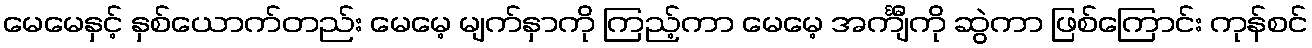
မေမေနှင့် နှစ်ယောက်တည်း မေမေ့ မျက်နှာကို ကြည့်ကာ မေမေ့ အင်္ကျီကို ဆွဲကာ ဖြစ်ကြောင်း ကုန်စင်